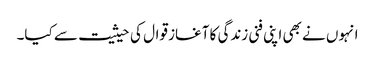
انہوں نے بھی اپنی فنی زندگی کا آغاز قوال کی حیثیت سے کیا۔